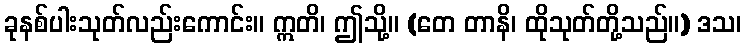
ခုနစ်ပါးသုတ်လည်းကောင်း။ ဣတိ၊ ဤသို့။ (တေ တာနိ၊ ထိုသုတ်တို့သည်။) ဒသ၊